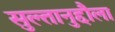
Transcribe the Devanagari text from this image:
सुल्तानुद्दौला